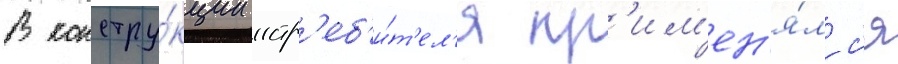
В констру́кции истр'еб'и́т'ел'я пр'им'ен'я́лс'я